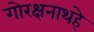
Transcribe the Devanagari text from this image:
गोरक्षनाथहे